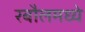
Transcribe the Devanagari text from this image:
रबौलमध्ये